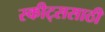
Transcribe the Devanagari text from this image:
स्कीट्ससाठी